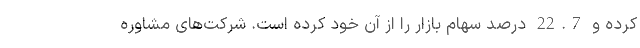
کرده و 22.7 درصد سهام بازار را از آن خود کرده است. شرکت‌های مشاوره